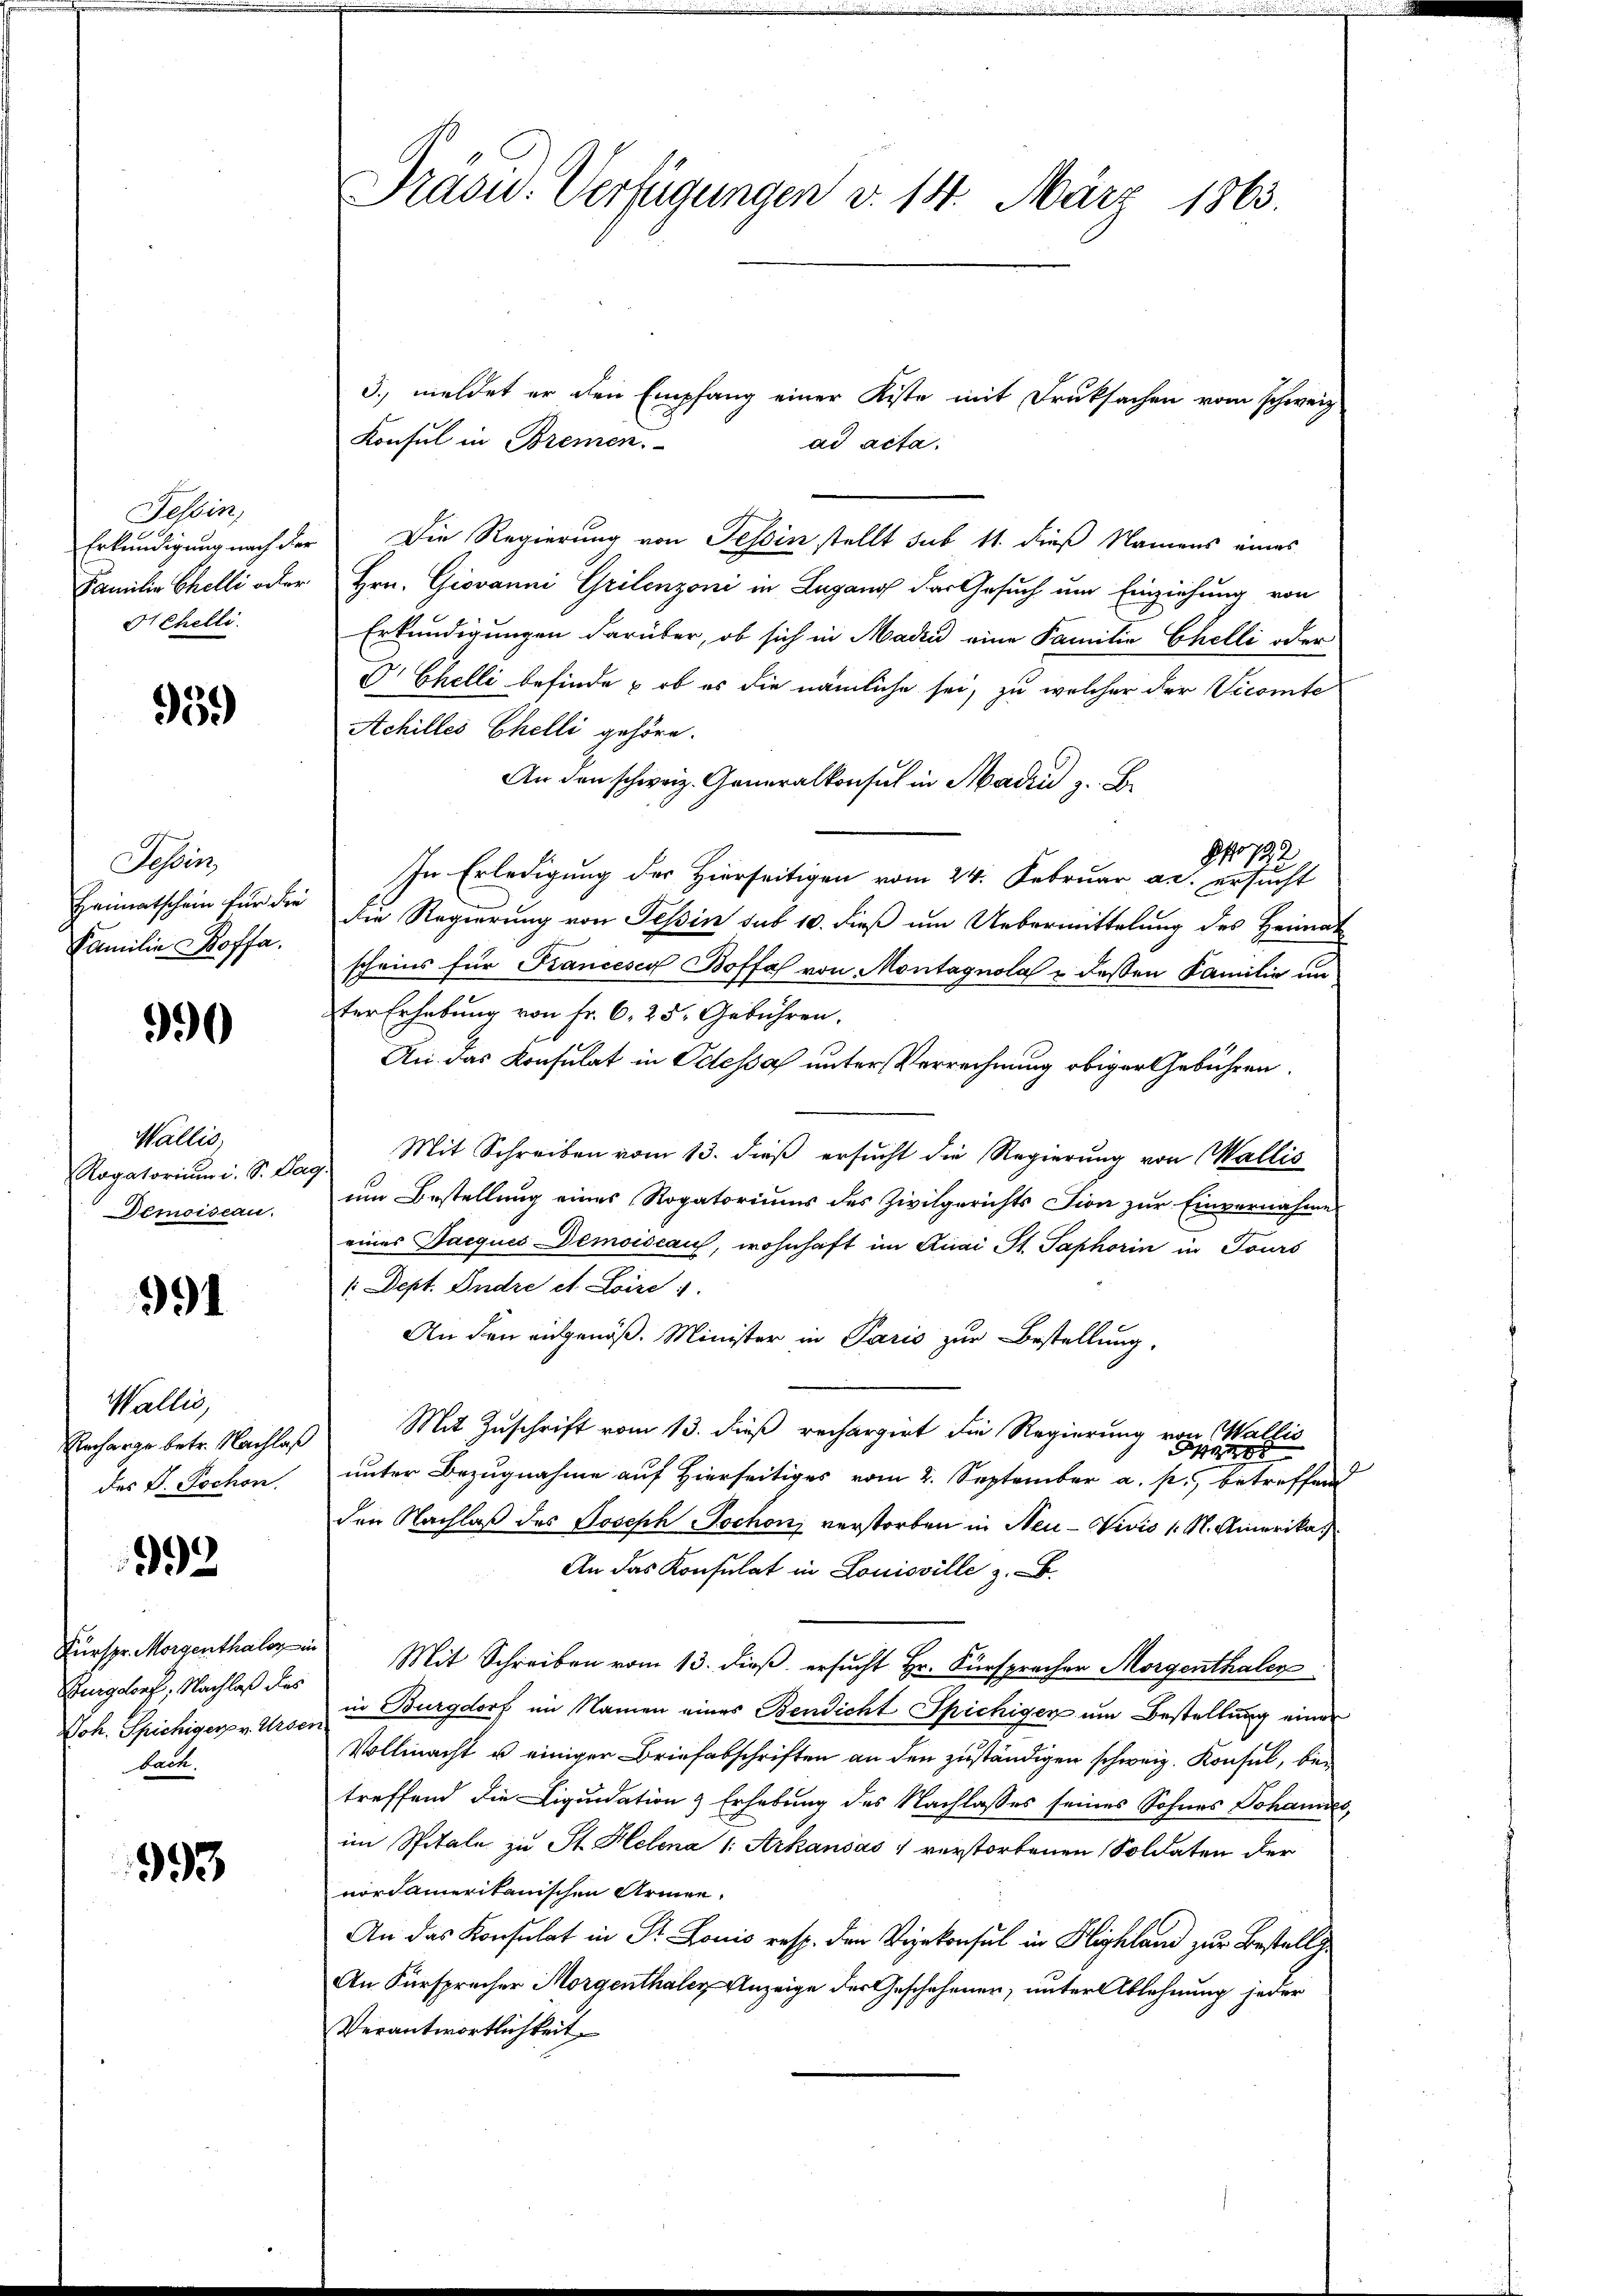
Tessin,
Familie Chelli oder
Schelli

939

Tessin,
Heimatschein für die
Familie offa.

390

Wallis,
Ragatorium i. S. Par
Demoiseau.

991

Wallis,
des P. Tochon,

92

Burgdorf, Nachlaß des
bach.

993

Präsid. Verfügungen d. 14. März 1863.

3., meldet er den Empfang einer Kiste mit Druksachen vom schweiz
Konsul in Bremen.
ad acta.
Erkundigung nach der Die Regierung von Tessin stellt sub 11. dieß Namens eines
Hrn. Giovanni Grilenzoni in Lugang das Gesuch um Einziehung von
Erkundigungen darüber, ob sich in Madin eine Familie Chelli oder
Dr Chelli befinde & ob es die nämliche sei, zu welcher der Vicomte
Achilles Ehelli gehöre.
An den schweiz. Generalkonsul in Madin z. B
o 722
In Erledigung der Hierseitigen vom 24. Februar an. ersucht
Die Regierung von Tessin sub 10. dieß um Uebermittelung des Heimat
scheins für Francesca Boffahl von Montagnola u. dessen Familie un
ter Erhebung von Fr. 6, 25. Gebühren.
An das Konsulat in Odessa unter Verrechnung obiger Gebühren.
Mit Schreiben vom 13. dieß ersucht die Regierung von Wallis
9
um Bestellung eines Rogatoriums des Zivilgerichts Lion zur Einvernahme
eines Jacquis Demoiscau, wohnhaft im Quai St. Saphorin in Tours
1. Dept. Andre et Loize 1.
An den eidgenöß. Minister in Paris zur Bestellung,
Recharge betr. Nachlaß Mit Zuschrift vom 13. dieß rechargirt die Regierung von Wallis
e
unter Bezugnahme auf Hierseitiges vom 2. September a. p., betreffend
den Nachlaß des Joseph Jochon verstorben in Neu-Vivis s. S. Amerika
An das Konsulat in Louisville z. B.
Fürspr. Morgenthal in Mit Schreiben vom 13. dieß ersucht Hr. Fürsprecher Morgenthaler
Joh. Spichigerpr Urse in Burgdorf im Namen eines Bendicht Spichigen um Bestellung einer
Vollmacht u einiger Briefabschriften an den zuständigen schweiz. Konsul, betreffend die Liquidation & Erhebung des Nachlasses seines Sohnes Johannes,
im Spitale zu St. Helena 1: Arkausas " verstorbenen Soldaten der
nordamerikanischen Armee.
An das Konsulat in Dr. Louis resp. den Vizekonsul in Highland zur Bestelle
An Fürsprecher Morgenthaler Anzeige der Geschehenen, unter Ablehnung jeder
Verantwortlichkeit.